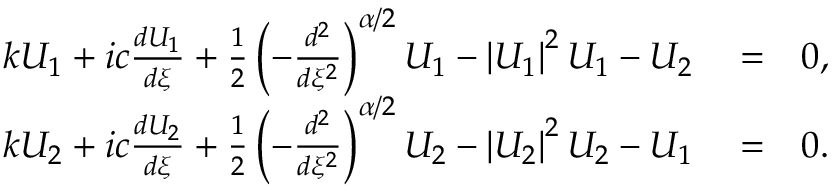
\begin{array} { r l r } { k U _ { 1 } + i c \frac { d U _ { 1 } } { d \xi } + \frac { 1 } { 2 } \left( - \frac { d ^ { 2 } } { d \xi ^ { 2 } } \right) ^ { \alpha / 2 } U _ { 1 } - \left\vert U _ { 1 } \right\vert ^ { 2 } U _ { 1 } - U _ { 2 } } & { { } = } & { 0 , } \\ { k U _ { 2 } + i c \frac { d U _ { 2 } } { d \xi } + \frac { 1 } { 2 } \left( - \frac { d ^ { 2 } } { d \xi ^ { 2 } } \right) ^ { \alpha / 2 } U _ { 2 } - \left\vert U _ { 2 } \right\vert ^ { 2 } U _ { 2 } - U _ { 1 } } & { { } = } & { 0 . } \end{array}